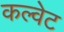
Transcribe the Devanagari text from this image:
कल्वेट